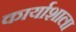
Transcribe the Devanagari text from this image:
कार्याशाला